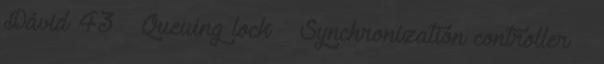
Dávid 43 Queuing lock ● Synchronization controller –